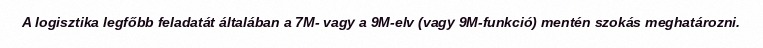
A logisztika legfőbb feladatát általában a 7M- vagy a 9M-elv (vagy 9M-funkció) mentén szokás meghatározni.